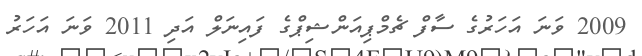
2009 ވަނަ އަހަރުގެ ސާފް ޗެމްޕިއަންޝިޕްގެ ފައިނަލް އަދި 2011 ވަނަ އަހަރު